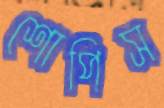
শোপিস